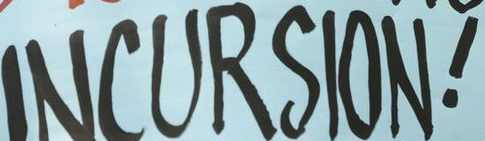
INCURSION!